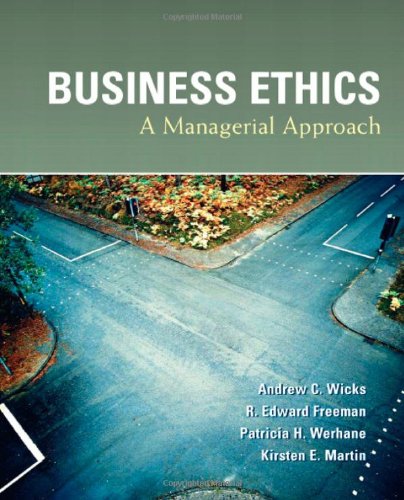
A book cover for Business Ethics; Andrew C. Wicks; Business & Money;